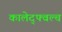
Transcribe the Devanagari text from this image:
कालेद्फ्वल्च